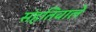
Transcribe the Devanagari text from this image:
संहतिवाले